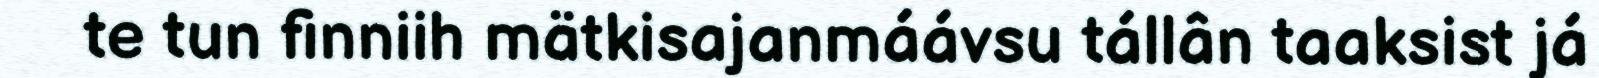
te tun finniih mätkisajanmáávsu tállân taaksist já